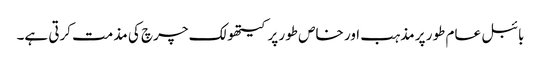
بائبل عام طور پر مذہب اور خاص طور پر کیتھولک چرچ کی مذمت کرتی ہے۔